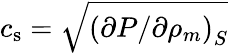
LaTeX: c_{\mathrm{s}}=\sqrt{\left(\partial P/\partial\rho_{m}\right)_{S}}